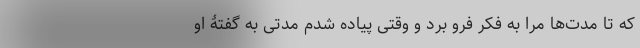
که تا مدت‌ها مرا به فکر فرو برد و وقتی پیاده شدم مدتی به گفتۀ او